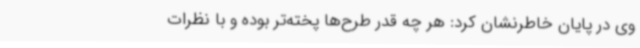
وی در پایان خاطرنشان کرد: هر چه قدر طرح‌ها پخته‌تر بوده و با نظرات